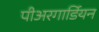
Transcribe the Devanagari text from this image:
पीअरगार्डियन